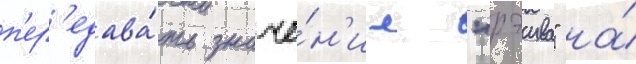
п'ер'едава́ть значе́н'ие "рэива" на́